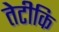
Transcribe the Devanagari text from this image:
तेटीकि